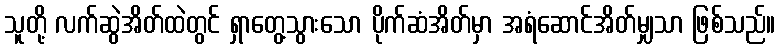
သူတို့ လက်ဆွဲအိတ်ထဲတွင် ရှာတွေ့သွားသော ပိုက်ဆံအိတ်မှာ အရံဆောင်အိတ်မျှသာ ဖြစ်သည်။